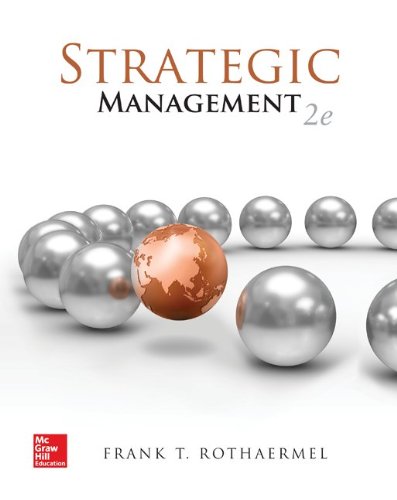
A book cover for Strategic Management: Concepts; Frank Rothaermel; Business & Money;